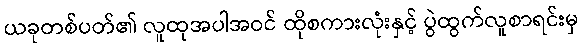
ယခုတစ်ပတ်၏ လူထုအပါအဝင် ထိုစကားလုံးနှင့် ပွဲထွက်လူစာရင်းမှ